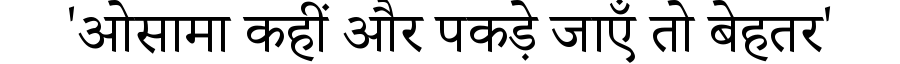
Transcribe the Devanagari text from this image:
'ओसामा कहीं और पकड़े जाएँ तो बेहतर'